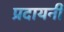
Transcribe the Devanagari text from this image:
प्रदायनी